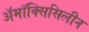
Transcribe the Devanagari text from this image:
अॅमॉक्सिसिलीन